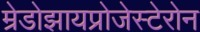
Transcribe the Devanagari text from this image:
म्रेडोझायप्रोजेस्टेरोन